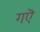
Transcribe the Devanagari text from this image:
गऎ